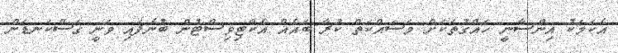
އެކަމަކު އިންސާނީ ހައްގުތަކަށް މަސައްކަތް ކުރާ ބައެއް އެކްޓިވިސްޓުން ބުނެފައި ވަނީ ގަސްކަނޑަން